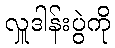
လှူဒါန်းပွဲကို